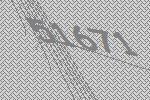
51671